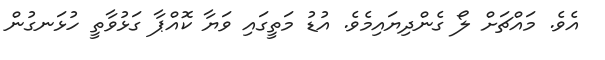
އެވެ. މައްޗަށް ލޯ ގެންދިޔައިމެވެ. އުޑު މަތީގައި ވަޔާ ކޮއްޕާ ގަޅުވާތީ ހުޅަނގުން